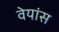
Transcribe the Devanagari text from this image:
वेयांस